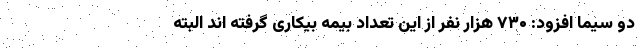
دو سیما افزود: ۷۳۰ هزار نفر از این تعداد بیمه بیکاری گرفته اند البته